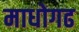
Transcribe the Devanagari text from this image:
माधोगढ